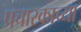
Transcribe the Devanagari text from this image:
प्रचारकाच्या